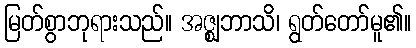
မြတ်စွာဘုရားသည်။ အဇ္ဈဘာသိ၊ ရွတ်တော်မူ၏။